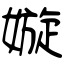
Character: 嫙